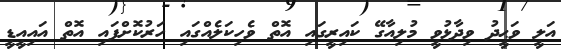
އަލީ ވަޙީދު ވިދާޅުވީ މުލިއާގޭ ކައިރީގައި އޮތް ވެހިކަލެއްގައި ހަރުކޮށްފައި އޮތް އައިއީޑީ